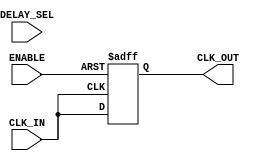
module DelayClockBuffer (
    input wire CLK_IN,          // Input clock signal
    input wire ENABLE,          // Enable control signal
    input wire [3:0] DELAY_SEL, // Delay selection (4-bit for 16 different delay settings)
    output reg CLK_OUT          // Output delayed clock signal
);

    // Parameters for delay settings (in simulation units)
    parameter DELAY_0 = 0;     // No delay
    parameter DELAY_1 = 5;     // 5 time units delay
    parameter DELAY_2 = 10;    // 10 time units delay
    parameter DELAY_3 = 15;    // 15 time units delay
    parameter DELAY_4 = 20;    // 20 time units delay
    parameter DELAY_5 = 25;    // 25 time units delay
    parameter DELAY_6 = 30;    // 30 time units delay
    parameter DELAY_7 = 35;    // 35 time units delay
    parameter DELAY_8 = 40;    // 40 time units delay
    parameter DELAY_9 = 45;    // 45 time units delay
    parameter DELAY_A = 50;    // 50 time units delay
    parameter DELAY_B = 55;    // 55 time units delay
    parameter DELAY_C = 60;    // 60 time units delay
    parameter DELAY_D = 65;    // 65 time units delay
    parameter DELAY_E = 70;    // 70 time units delay
    parameter DELAY_F = 75;    // 75 time units delay

    reg [7:0] delay_time;      // Register to hold the delay time

    // Combinational logic to select delay time based on DELAY_SEL
    always @(*) begin
        case (DELAY_SEL)
            4'b0000: delay_time = DELAY_0;
            4'b0001: delay_time = DELAY_1;
            4'b0010: delay_time = DELAY_2;
            4'b0011: delay_time = DELAY_3;
            4'b0100: delay_time = DELAY_4;
            4'b0101: delay_time = DELAY_5;
            4'b0110: delay_time = DELAY_6;
            4'b0111: delay_time = DELAY_7;
            4'b1000: delay_time = DELAY_8;
            4'b1001: delay_time = DELAY_9;
            4'b1010: delay_time = DELAY_A;
            4'b1011: delay_time = DELAY_B;
            4'b1100: delay_time = DELAY_C;
            4'b1101: delay_time = DELAY_D;
            4'b1110: delay_time = DELAY_E;
            4'b1111: delay_time = DELAY_F;
            default: delay_time = DELAY_0; // Default case
        endcase
    end

    // Sequential logic to generate the delayed clock output
    always @(posedge CLK_IN or negedge ENABLE) begin
        if (!ENABLE) begin
            CLK_OUT <= 1'b0; // Disable output clock when ENABLE is low
        end else begin
            // Introduce delay based on delay_time
            #(delay_time) CLK_OUT <= CLK_IN; // Delay the clock output
        end
    end

endmodule